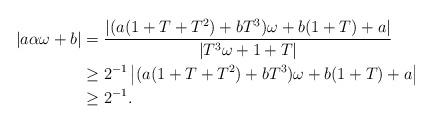
LaTeX: \begin{align*}|a \alpha \omega+b|&=\dfrac{|(a(1+T+T^2)+bT^3)\omega+b(1+T)+a |}{|T^3 \omega +1+T|} \\& \geq 2^{-1}\left|(a(1+T+T^2)+bT^3)\omega+b(1+T)+a \right| \\&\geq 2^{-1}.\end{align*}